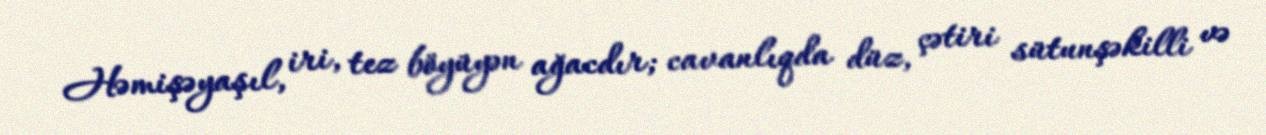
Həmişəyaşıl, iri, tez böyüyən ağacdır; cavanlıqda düz, çətiri sütunşəkilli və